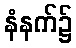
နံနက်၌